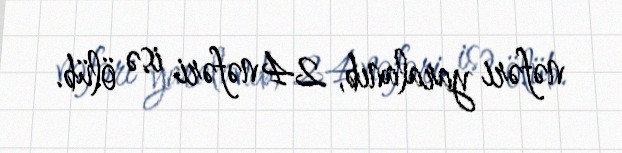
nəfəri yaralanıb, 24 nəfəri isə ölüb.